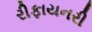
રીફાયનરી